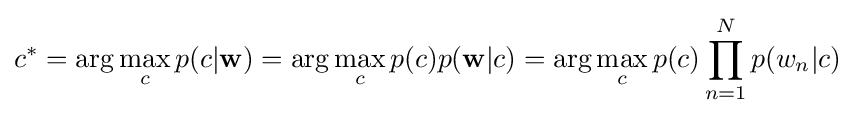
c^{*}=\arg \max _{c}p(c|\mathbf {w} )=\arg \max _{c}p(c)p(\mathbf {w} |c)=\arg \max _{c}p(c)\prod _{n=1}^{N}p(w_{n}|c)